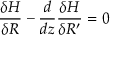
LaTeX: \frac { \delta H } { \delta R } - \frac { d } { d z } \frac { \delta H } { \delta R ^ { \prime } } = 0